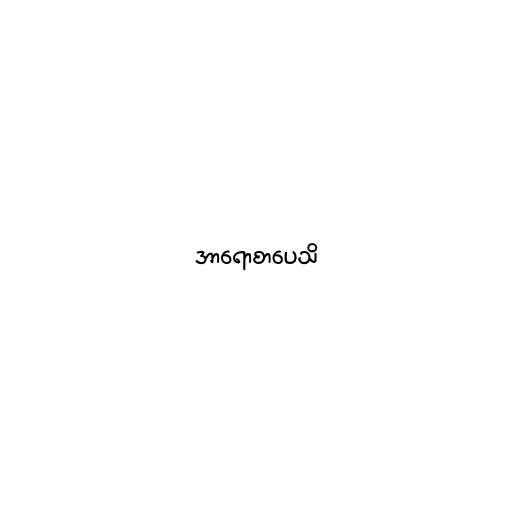
အာရောစာပေသိ